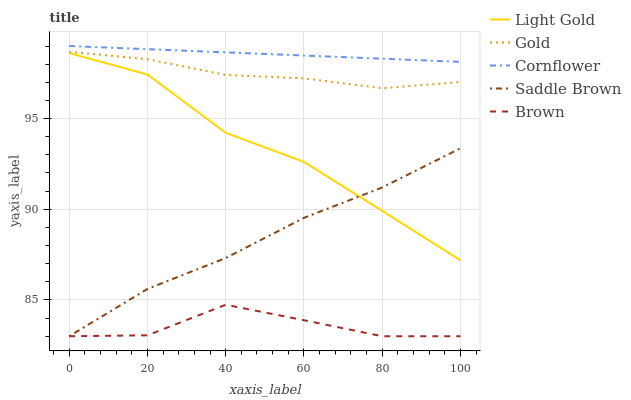
| xaxis_label | Light Gold | Gold | Cornflower | Saddle Brown | Brown |
 | --- | --- | --- | --- | --- | --- |
 | 0 | 98.6 | 98.7 | 99 | 83 | 83 |
 | 20 | 97.4 | 98.3 | 98.8 | 85.6 | 83.1 |
 | 40 | 94.2 | 97.4 | 98.7 | 87.3 | 84.7 |
 | 60 | 92.6 | 97.2 | 98.5 | 89.5 | 83.9 |
 | 80 | 89.9 | 96.7 | 98.3 | 91.2 | 83 |
 | 100 | 87.2 | 97 | 98.1 | 93.4 | 83 |